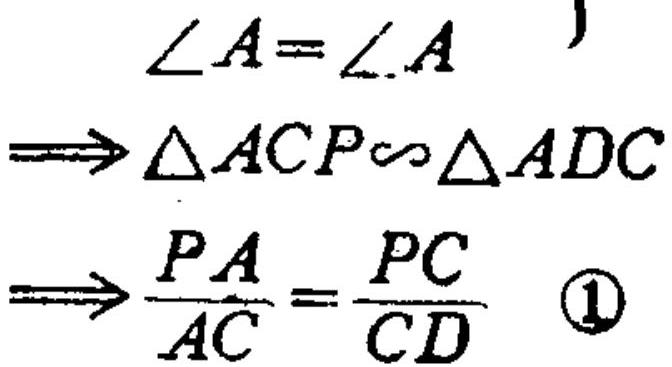
\[
\begin{align*}
\angle A&=\angle A\\
\Rightarrow \triangle ACP&\sim\triangle ADC\\
\Rightarrow \frac{PA}{AC}&=\frac{PC}{CD} \quad\textcircled{1}
\end{align*}
\]